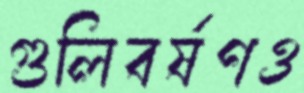
গুলিবর্ষণও